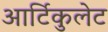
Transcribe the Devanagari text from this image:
आर्टिकुलेट